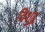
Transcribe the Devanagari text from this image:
विशुद्व